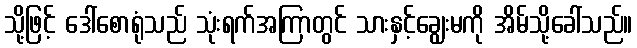
သို့ဖြင့် ဒေါ်စောရုံသည် သုံးရက်အကြာတွင် သားနှင့်ချွေးမကို အိမ်သို့ခေါ်သည်။